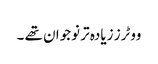
ووٹرز زیادہ تر نوجوان تھے ۔